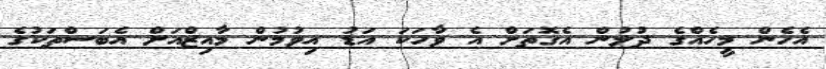
އެހެން މީހެއްގެ ދުލުން އެގޮތަށް އެ ވާހަކަ އަޑު އިވުމުން މާއިޒްއަށް އެބަސްތަކުގެ